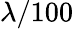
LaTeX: \lambda/100